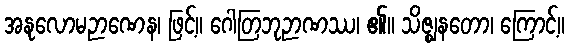
အနုလောမဉာဏေန၊ ဖြင့်။ ဂေါတြဘုဉာဏဿ၊ ၏။ သိဇ္ဈနတော၊ ကြောင့်။